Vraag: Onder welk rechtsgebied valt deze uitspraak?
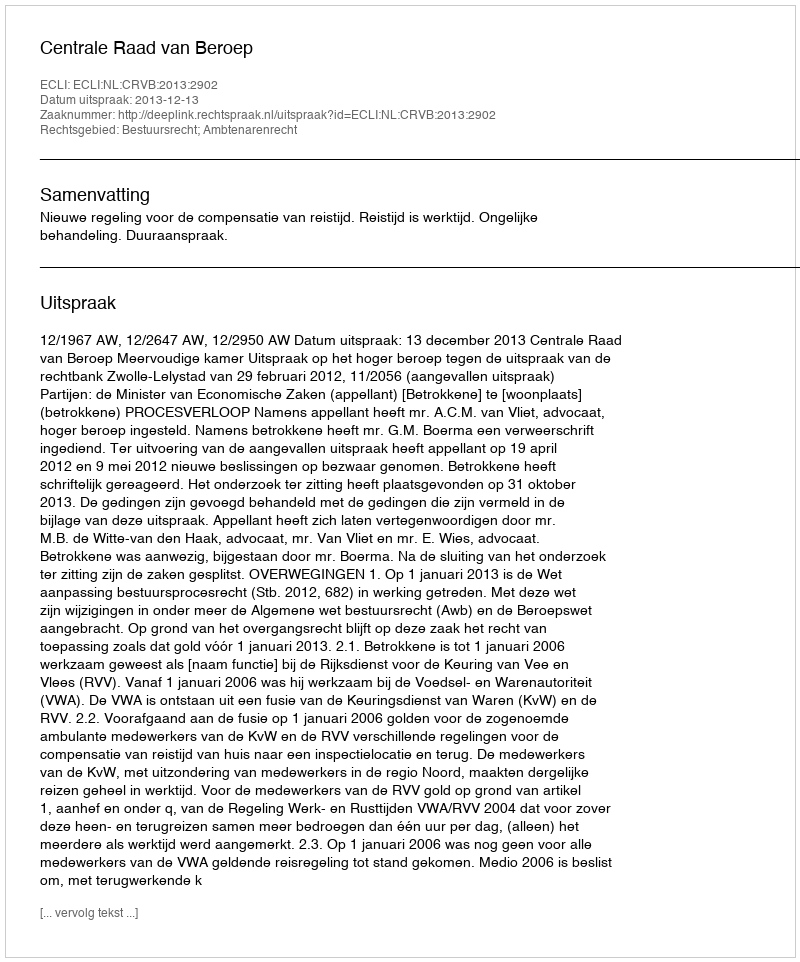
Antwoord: Bestuursrecht; Ambtenarenrecht